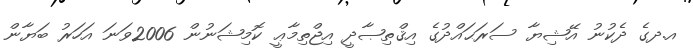
އ.ދގެ ދެކުނު އޭޝިޔާ ސަރަޙައްދުގެ އިޤްތިޞާދީ އިޖްތިމާޢީ ކޮމިޝަނުން 2006ވަނަ އަހަރު ބަޔާން